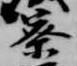
寮